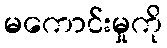
မကောင်းမှုကို